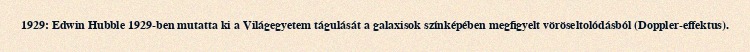
1929: Edwin Hubble 1929-ben mutatta ki a Világegyetem tágulását a galaxisok színképében megfigyelt vöröseltolódásból (Doppler-effektus).